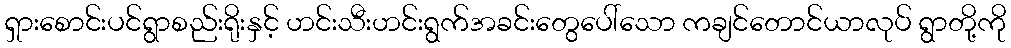
ရှားစောင်းပင်ရွာစည်းရိုးနှင့် ဟင်းသီးဟင်းရွက်အခင်းတွေပေါ်သော ကချင်တောင်ယာလုပ် ရွာတို့ကို